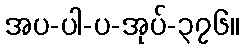
အပ-ပါ-ပ-အုပ်-၃၇၆။